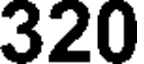
320